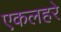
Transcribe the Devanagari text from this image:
एकलहरे